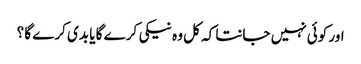
اور کوئی نہیں جانتا کہ کل وہ نیکی کرے گا یا بدی کرے گا ؟